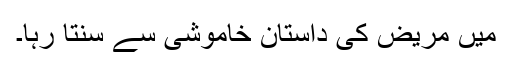
میں مریض کی داستان خاموشی سے سنتا رہا۔